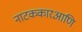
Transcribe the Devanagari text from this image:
नाटककारआणि